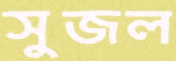
সুজল